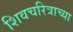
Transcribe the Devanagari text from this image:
शिवचरित्राच्या